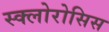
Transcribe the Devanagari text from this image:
स्क्लोरोसिस